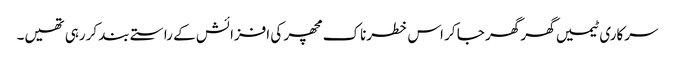
سرکاری ٹیمیں گھر گھر جا کر اس خطرناک مچھر کی افزائش کے راستے بند کررہی تھیں۔